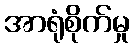
အာရုံစိုက်မှု